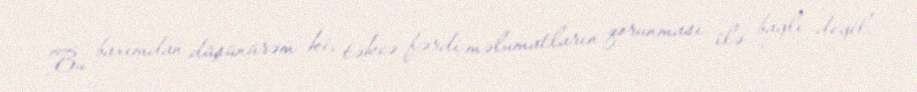
Bu baxımdan düşünürəm ki, təkcə fərdi məlumatların qorunması ilə bağlı deyil,